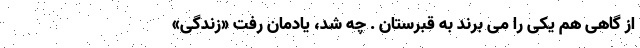
از گاهی هم یکی را می برند به قبرستان . چه شُد، یادمان رفت «زندگی»